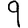
Digit: 9